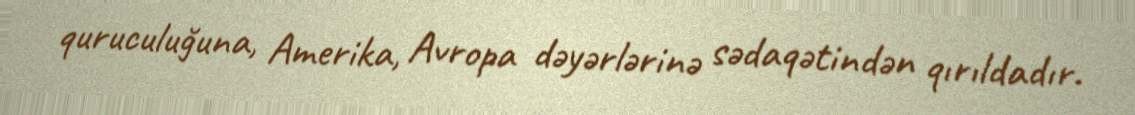
quruculuğuna, Amerika, Avropa dəyərlərinə sədaqətindən qırıldadır.